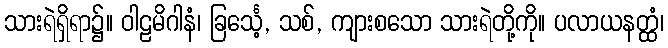
သားရဲရှိရာ၌။ ဝါဠမိဂါနံ၊ ခြင်္သေ့, သစ်, ကျားစသော သားရဲတို့ကို။ ပလာယနတ္ထံ၊